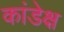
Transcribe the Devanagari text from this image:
कांडेक्ष